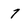
Character: 7